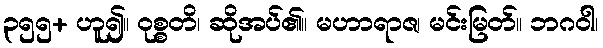
၃၅၅+ ဟူ၍။ ဝုစ္စတိ၊ ဆိုအပ်၏။ မဟာရာဇ၊ မင်းမြတ်။ ဘဂဝါ၊